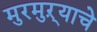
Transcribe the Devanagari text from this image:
मुरमुऱ्याचे